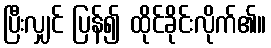
ပြီးလျှင် ပြန်၍ ထိုင်ခိုင်းလိုက်၏။